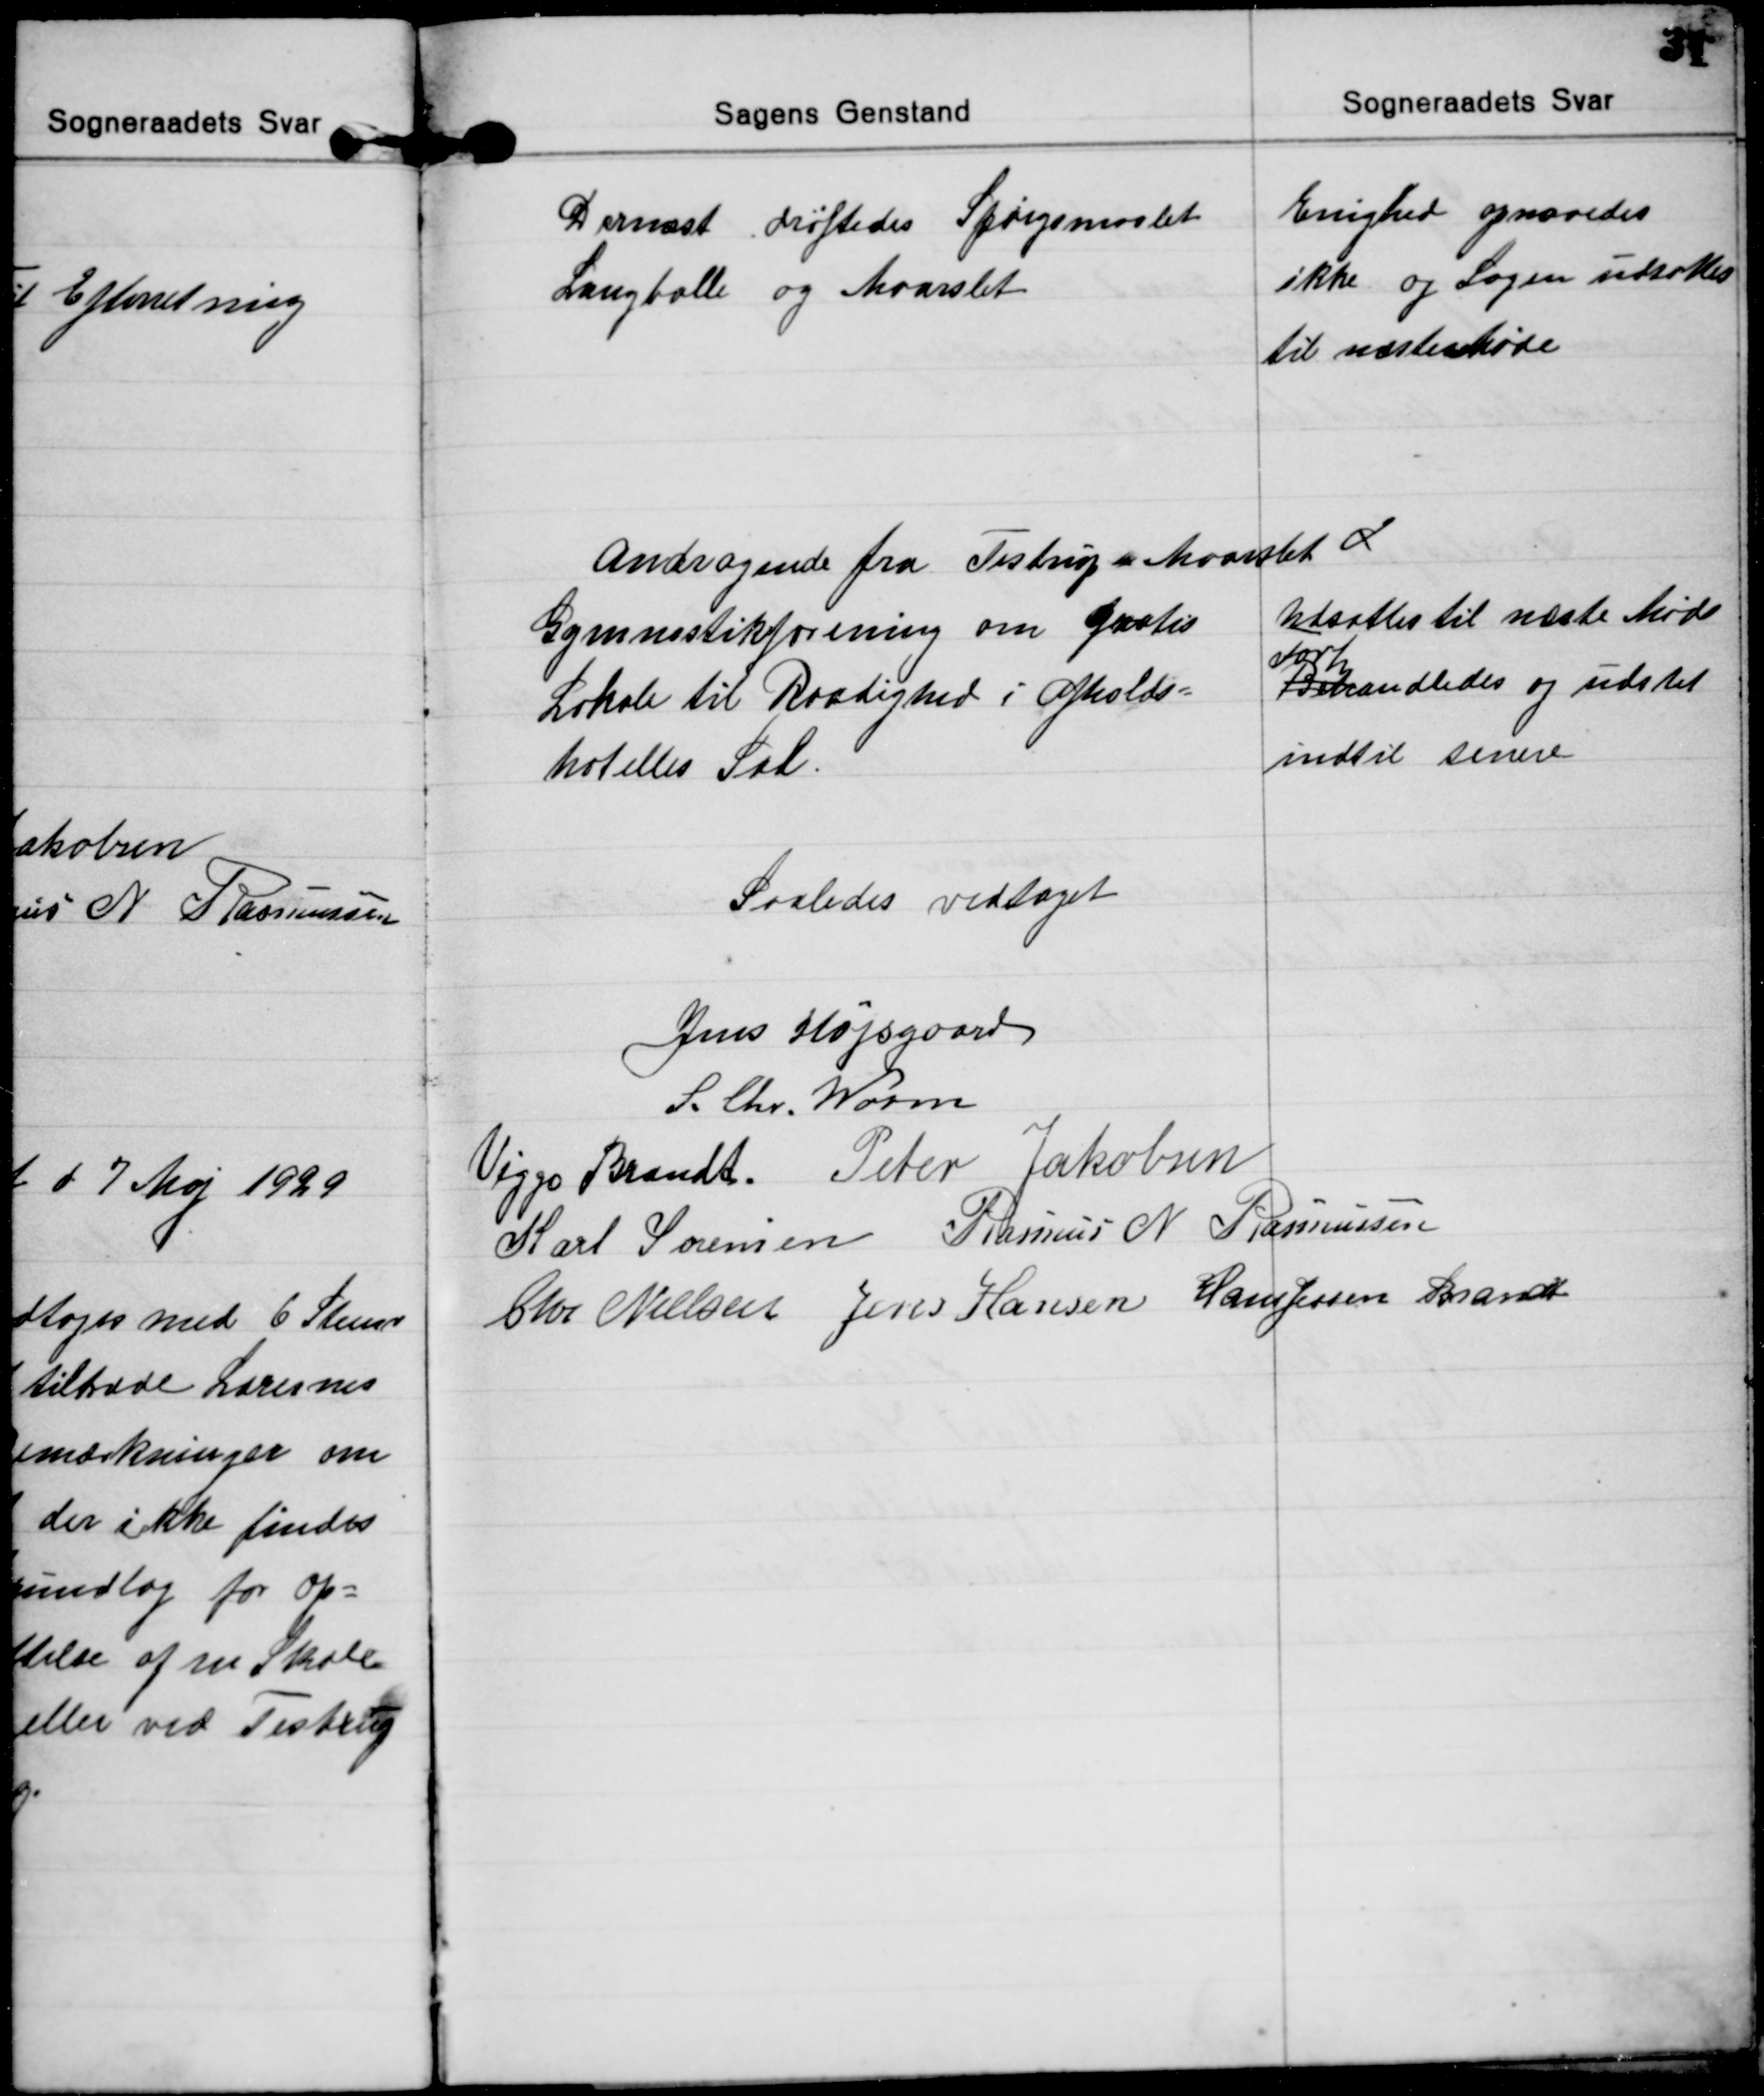
Transskription:
Dernæst drøftedes Spørgsmaalet
Langballe og Maarslet
Enighed opnaaedes
ikke og Sagen udsattes
til næste Møde

Andragende fra Testrup & Maarslet
Gymnastikforening om Gratis
Lokale til Raadighed i Afholds=
hotellets Sal.
Udsattes til næste Møde
Beh
Forh
andledes og udstet
indtil senere

Saaledes vedtaget

Jens Højsgaard
S. Chr. Worm
Viggo Brandt. Peter Jakobsen
Karl Sørensen Rasmus N Rasmussen
Chr. Nielsen Jens Hansen Hans Jessen Brandt